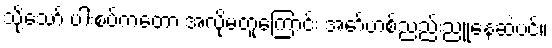
သို့သော် ပါးစပ်ကတော့ အလိုမတူကြောင်း အော်ဟစ်ညည်းညူနေဆဲပင်။